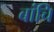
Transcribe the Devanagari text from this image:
बांचि